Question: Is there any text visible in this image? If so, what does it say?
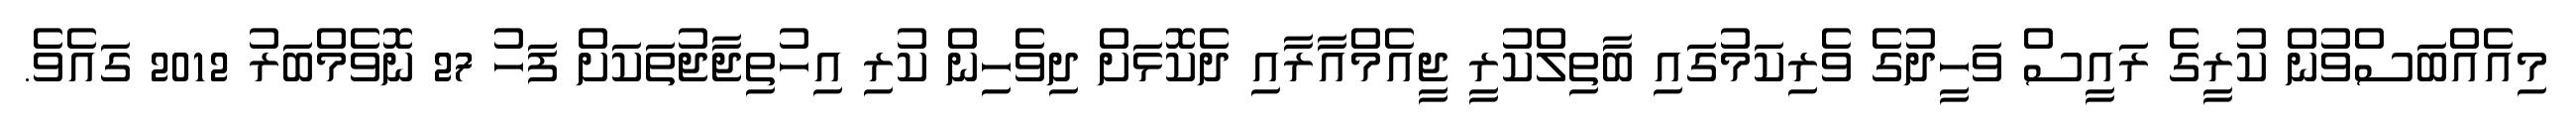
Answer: މިއެއްބަސްވުން ކުރީގެ ރައީސް ވަހީދުގެ ވެރިކަމުގައި ބާތިލްކުރީ ޖީއެމްއާރާއި ދެކޮޅަށް ދިވެހިން ކުރި އިހުތިޖާޖުތަކަށް ފަހު 27 ނޮވެމްބަރު 2012 ގައެވެ.